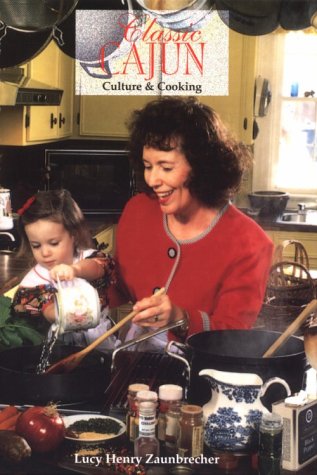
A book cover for Classic Cajun: Culture and Cooking; Lucy Henry Zaunbrecher; Cookbooks, Food & Wine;